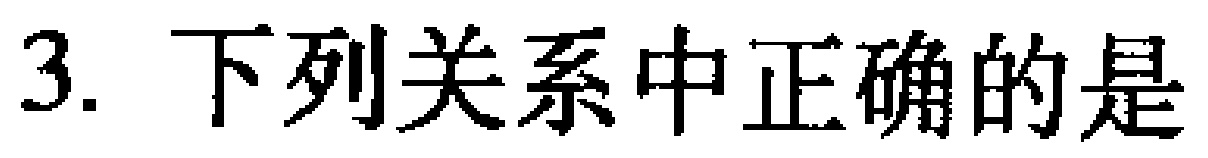
(1) \(GB = EC,GB\perp EC\);

(2) \(MK = ML,MK\perp ML\).